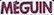
MEGUIN